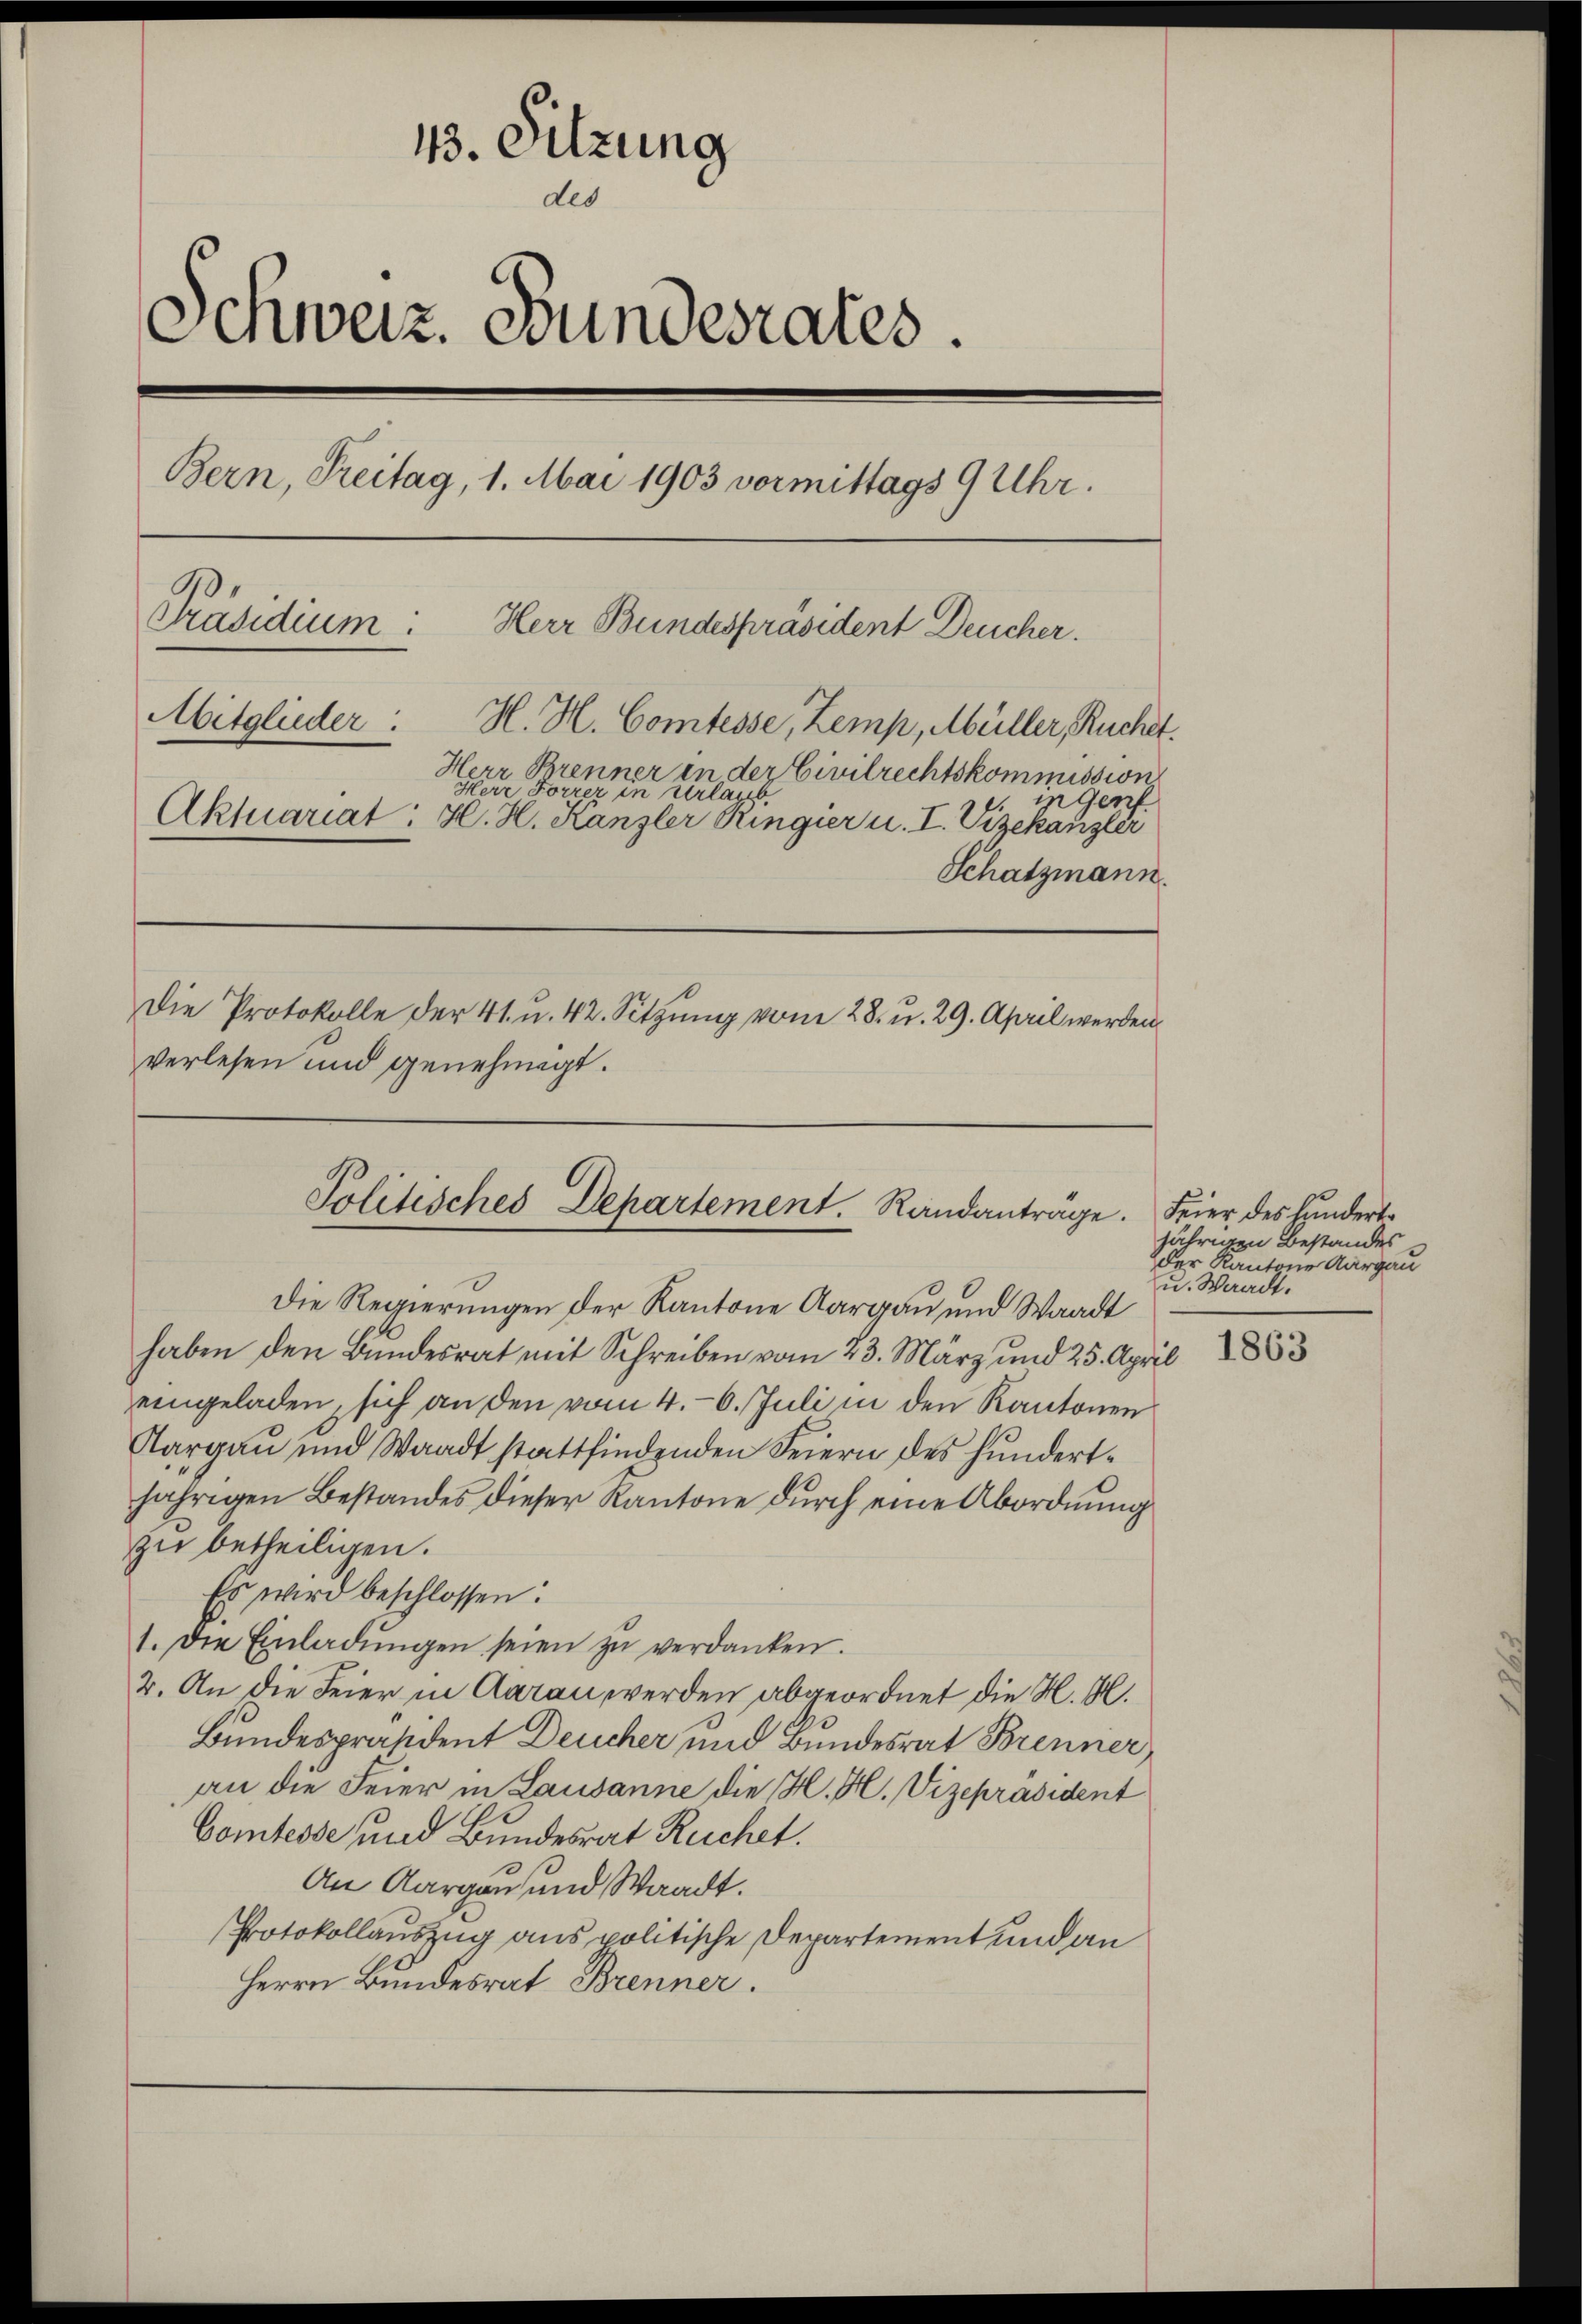
43. Sitzung
des
Schweiz. Bundesrates.
Bern, Freitag, 1. Mai 1903 vormittags 9 Uhr.
Präsidium.
Herr Bundespräsident Deucher.
Mitglieder.
H. H. Comtesse, Zemp, Müller, Ruchet.
Herr Brenner in der Civilrechtskommission
Herr Forrer in Urlaub
nGenf
Aktuariat: H. H. Kanzler Ringier u. I. Vizekanzler
Schatzmann.
Die Protokolle der 41. u. 42. Sitzung vom 28. u. 29. April werden
verlesen und genehmigt.

Die Regierungen der Kantone Aargau und Waadt
haben den Bundesrat mit Schreiben vom 23. März und 25. April
eingeladen, sich an den vom 4. 6. Juli in den Kantonen
Aargau und Waadt stattfindenden Feiern des hundertjährigen Bestandes dieser Kantone durch eine Abordnung
zu betheiligen.
Es wird beschlossen:
1. Die Einladŭngen seien zŭ verdanken.
2. An die Feier in Aarau werden abgeordnet die M. M.
Bundespräsident Deucher und Bundesrat Brenner
an die Feier in Lausanne die H. H. Vizepräsident
Comtesse und Bundesrat Ruchet.
An Aargau und Waadt.
Protokollauszug aus politische Departement und an
Herrn Bundesrat Brenner.

Politisches Departement. Randanträge. Feier des hundert-

jährigen Bestandes
der Kantons Aargau
u. Waadt.

1863